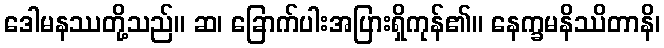
ဒေါမနဿတို့သည်။ ဆ၊ ခြောက်ပါးအပြားရှိကုန်၏။ နေက္ခမနိဿိတာနိ၊